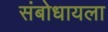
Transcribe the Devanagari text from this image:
संबोधायला